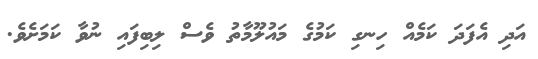
އަދި އެފަދަ ކަމެއް ހިނގި ކަމުގެ މައުލޫމާތު ވެސް ލިބިފައި ނުވާ ކަމަށެވެ.